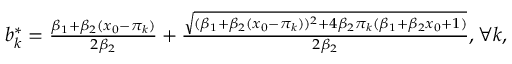
\begin{array} { r l } & { b _ { k } ^ { * } = \frac { \beta _ { 1 } + \beta _ { 2 } ( x _ { 0 } - \pi _ { k } ) } { 2 \beta _ { 2 } } + \frac { \sqrt { ( \beta _ { 1 } + \beta _ { 2 } ( x _ { 0 } - \pi _ { k } ) ) ^ { 2 } + 4 \beta _ { 2 } \pi _ { k } ( \beta _ { 1 } + \beta _ { 2 } x _ { 0 } + 1 ) } } { 2 \beta _ { 2 } } , \forall k , } \end{array}